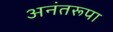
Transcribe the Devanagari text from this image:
अनंतरूपा